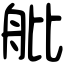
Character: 舭